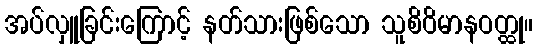
အပ်လှူခြင်းကြောင့် နတ်သားဖြစ်သော သူစိဝိမာနဝတ္ထု။